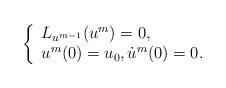
LaTeX: \begin{align*}\left\{\begin{array}{l}L_{u^{m-1}} (u^m)=0, \\u^m(0)=u_0, \dot{u}^m(0)=0.\end{array}\right.\end{align*}